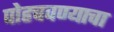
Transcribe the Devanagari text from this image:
पोहचवण्याचा